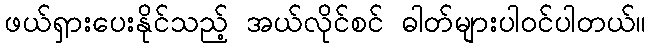
ဖယ်ရှားပေးနိုင်သည့် အယ်လိုင်စင် ဓါတ်များပါဝင်ပါတယ်။